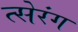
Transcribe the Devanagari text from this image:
त्सेरंग